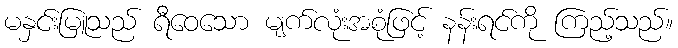
မနှင်းမြူသည် ရီဝေသော မျက်လုံးအစုံဖြင့် နန်းရင်ကို ကြည့်သည်။